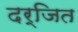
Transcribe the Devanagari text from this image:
दर्जित